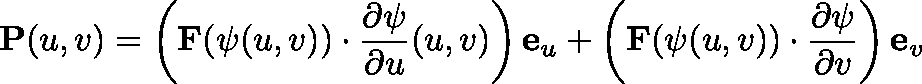
\mathbf { P } ( u , v ) = \left( \mathbf { F } ( \mathbf { \psi } ( u , v ) ) \cdot { \frac { \partial \mathbf { \psi } } { \partial u } } ( u , v ) \right) \mathbf { e } _ { u } + \left( \mathbf { F } ( \mathbf { \psi } ( u , v ) ) \cdot { \frac { \partial \mathbf { \psi } } { \partial v } } \right) \mathbf { e } _ { v }